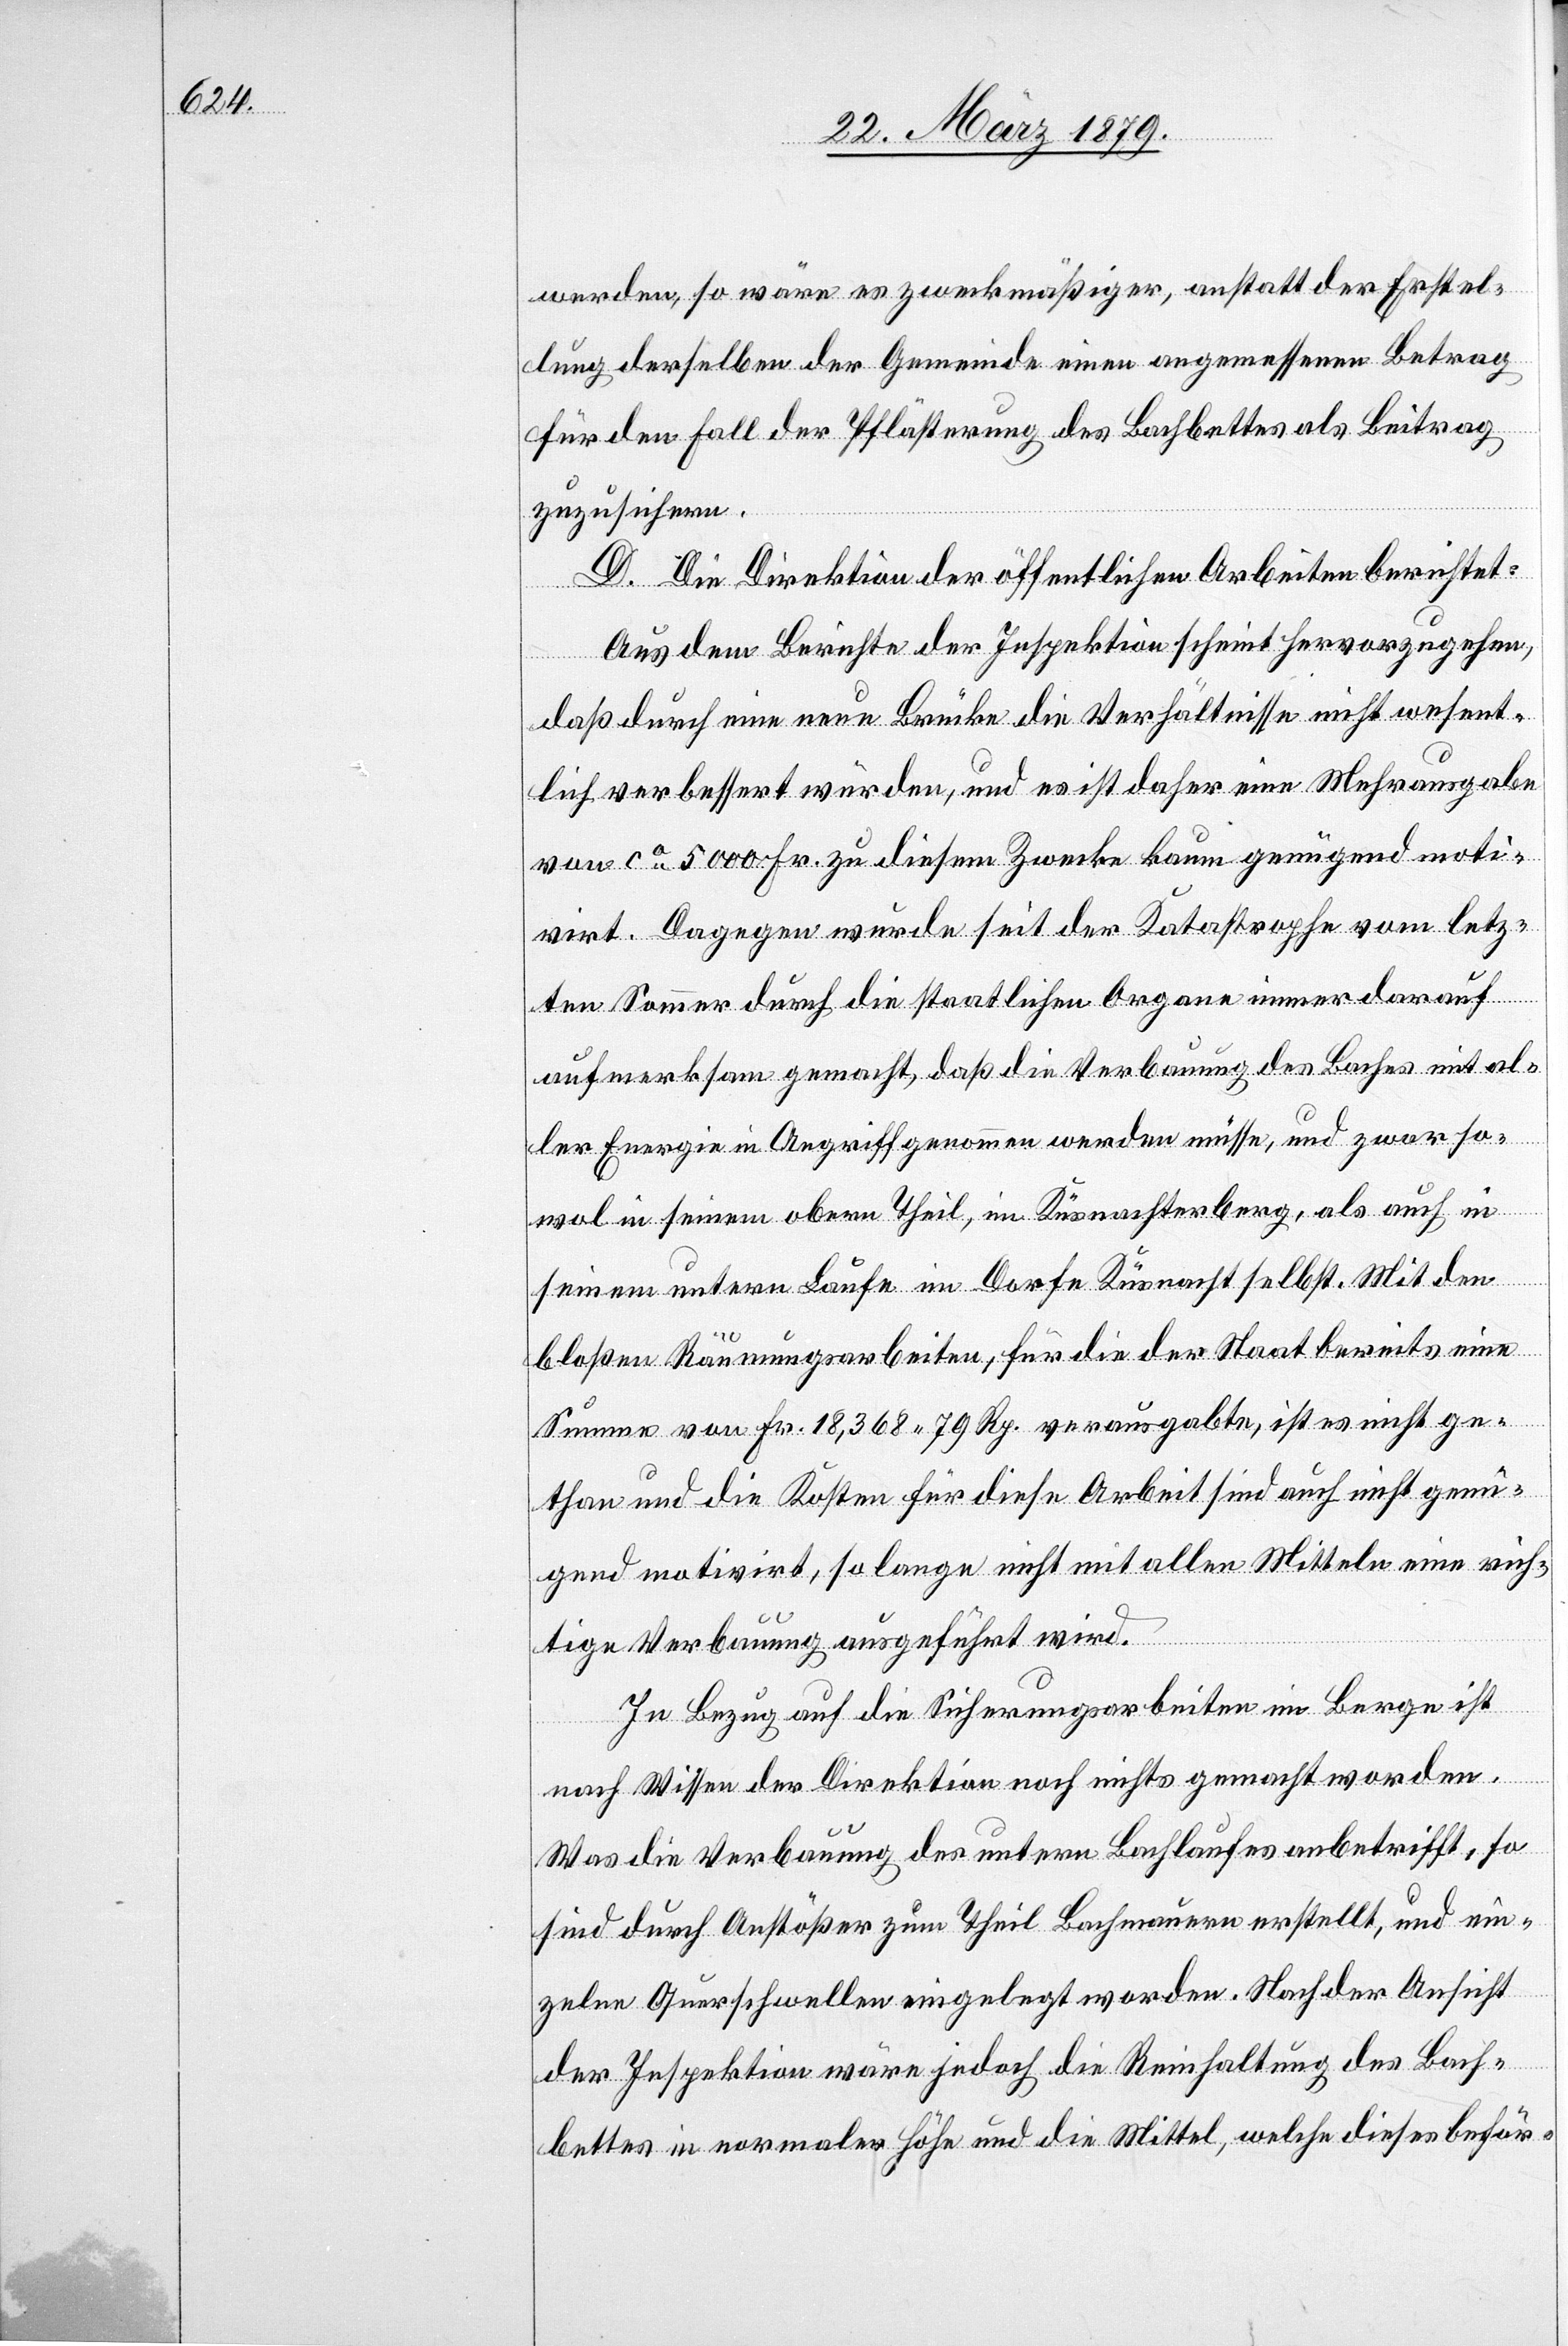
werden, so wäre es zweckmäßiger, anstatt der Erstel¬
lung derselben der Gemeinde einen angemessenen Betrag
für den Fall der Pflästerung des Bachbettes als Beitrag
zuzusichern.
D. Die Direktion der öffentlichen Arbeiten berichtet:
Aus dem Berichte der Inspektion scheint hervorzugehen,
daß durch eine neue Brücke die Verhältnisse nicht wesent¬
lich verbessert würden, und es ist daher eine Mehrausgabe
von ca 5000 Fr. zu diesem Zwecke kaum genügend moti¬
virt. Dagegen wurde seit der Katastrophe vom letz¬
ten Sommer durch die staatlichen Organe immer darauf
aufmerksam gemacht, daß die Verbauung des Baches mit al¬
ler Energie in Angriff genommen werden müsse, und zwar so¬
wol in seinem obern Theil, im Küsnachterberg, als auch in
seinem untern Laufe im Dorfe Küsnacht selbst. Mit den
bloßen Räumungsarbeiten, für die der Staat bereits eine
Summe von Fr. 18,368.79 Rp. verausgabte, ist es nicht ge¬
than und die Kosten für diese Arbeit sind auch nicht genü¬
gend motivirt, so lange nicht mit allen Mitteln eine rich¬
tige Verbauung ausgeführt wird.
In Bezug auf die Sicherungsarbeiten im Berge ist
nach Wissen der Direktion noch nichts gemacht worden.
Was die Verbauung des untern Bachlaufes anbetrifft, so
sind durch Anstößer zum Theil Bachmauern erstellt, und ein¬
zelne Querschwellen eingelegt worden. Nach der Ansicht
der Inspektion wäre jedoch die Reinhaltung des Bach¬
bettes in normaler Höhe und die Mittel, welche dieses beför-